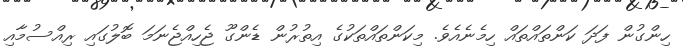
ހިންގުން ފަދަ ކަންތައްތައް ހިމެނެއެވެ. މިކަންތައްތަކުގެ އިތުރުން ޑެންގޫ ޖެހިއްޖެނަމަ ބޮލުގައި ރިއްސުމާއި